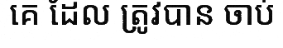
គេ ដែល ត្រូវបាន ចាប់